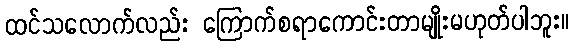
ထင်သလောက်လည်း ကြောက်စရာကောင်းတာမျိုးမဟုတ်ပါဘူး။